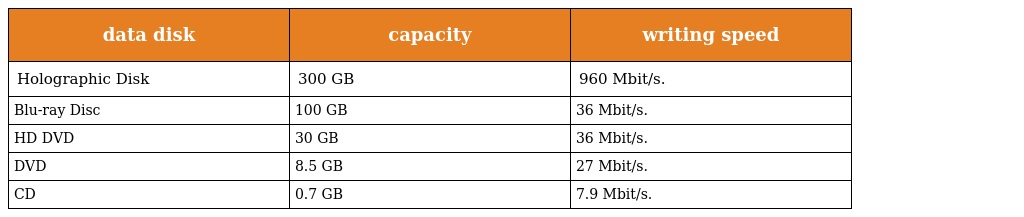
| data disk | capacity | writing speed |
 | --- | --- | --- |
 | Holographic Disk | 300 GB | 960 Mbit/s. |
 | Blu-ray Disc | 100 GB | 36 Mbit/s. |
 | HD DVD | 30 GB | 36 Mbit/s. |
 | DVD | 8.5 GB | 27 Mbit/s. |
 | CD | 0.7 GB | 7.9 Mbit/s. |